Annual report on the health of the army in India
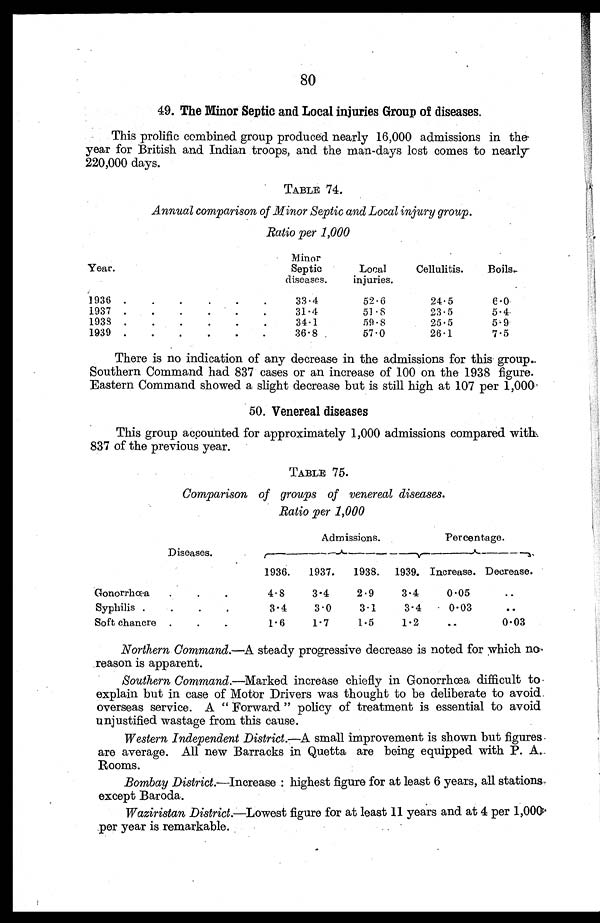
80
49. The Minor Septic and Local injuries Group of diseases.
This prolific combined group produced nearly 16,000 admissions in the
year for British and Indian troops, and the man-days lost comes to nearly
220,000 days.
TABLE 74.
Annual comparison of Minor Septic and Local injury group.
Ratio per 1,000
Year.
Minor
Septic
diseases.
Local
injuries.
Cellulitis.
Boils.
1936 . . .
33.4
52.6
24.5
6.0
1937 . . .
31.4
51.8
23.5
5.4
1938 . . .
34.1
59.8
25.5
5.9
1939 . . .
36.8
57.0
26.1
7.5
There is no indication of any decrease in the admissions for this group.
Southern Command had 837 cases or an increase of 100 on the 1938 figure.
Eastern Command showed a slight decrease but is still high at 107 per 1,000
50. Venereal diseases
This group accounted for approximately 1,000 admissions compared with
837 of the previous year.
TABLE 75.
Comparison of groups of venereal diseases.
Ratio per 1,000
Diseases.
Admissions.
Percentage.
1936.
1937.
1938.
1939. Increase. Decrease.
Gonorrhœa . . .
4.8
3.4
2.9
3.4
0.05
. . .
Syphilis . . .
3.4
3.0
3.1
3.4
0.03
. . .
Soft chancre . . .
1.6
1.7
1.5
1.2
. . .
0 . 0 3
Northern Command.—A steady progressive decrease is noted for which no
reason is apparent.
Southern Command.—Marked increase chiefly in Gonorrhœa difficult to
explain but in case of Motor Drivers was thought to be deliberate to avoid
overseas service. A "Forward" policy of treatment is essential to avoid
unjustified wastage from this cause.
Western Independent District.— A small improvement is shown but figures.
are average. All new Barracks in Quetta are being equipped with P. A.
Rooms.
Bombay District.—Increase: highest figure for at least 6 years, all stations
except Baroda.
Waziristan District.—Lowest figure for at least 11 years and at 4 per 1,000
per year is remarkable.